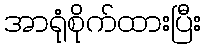
အာရုံစိုက်ထားပြီး